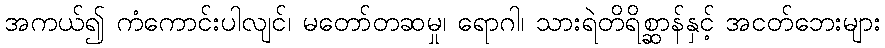
အကယ်၍ ကံကောင်းပါလျင်၊ မတော်တဆမှု၊ ရောဂါ၊ သားရဲတိရိစ္ဆာန်နှင့် အငတ်ဘေးများ